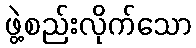
ဖွဲ့စည်းလိုက်သော